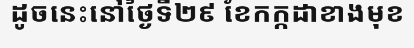
ដូចនេះនៅថ្ងៃទី២៩ ខែកក្កដាខាងមុខ